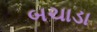
બચાડા